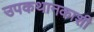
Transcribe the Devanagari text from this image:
उपकथानकाशी